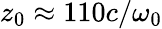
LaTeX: z_{0}\approx 110c/\omega_{0}